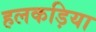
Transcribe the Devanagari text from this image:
हलकड़िया